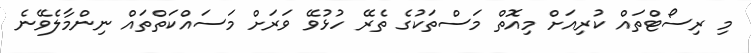
މި ރިސޯޓްތައް ކުރިއަށް މިއޮތް މަސްތަކުގެ ތެރޭ ހުޅުވޭ ވަރަށް މަސައްކަތްތައް ނިންމާލެވޭނެ